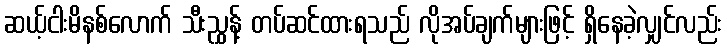
ဆယ့်ငါးမိနစ်လောက် သီးညွှန့် တပ်ဆင်ထားရသည် လိုအပ်ချက်များဖြင့် ရှိနေခဲ့လျှင်လည်း